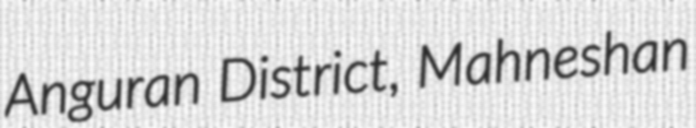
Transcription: Anguran District, Mahneshan